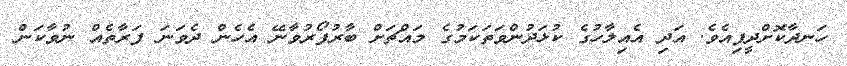
ހަނދާކޮށްދީފިއެވެ. އަދި އެއިލާހުގެ ކުޅަދުންވަތަކަމުގެ މައްޗަށް ބާރުފޯރުވާނޭ އެހެން ދެވަނަ ފަރާތެއް ނުވާކަން